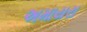
અમાયરા